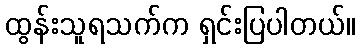
ထွန်းသူရသက်က ရှင်းပြပါတယ်။